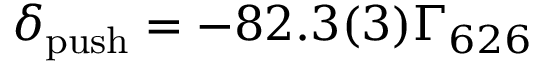
\ensuremath { \delta _ { \mathrm { p u s h } } } = - 8 2 . 3 ( 3 ) \ensuremath { \Gamma _ { 6 2 6 } }